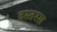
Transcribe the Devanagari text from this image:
दस्तरस